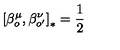
\left[ \beta _ { o } ^ { \mu } , \beta _ { o ^ { \prime } } ^ { \nu } \right] _ { \ast } = \frac { 1 } { 2 }